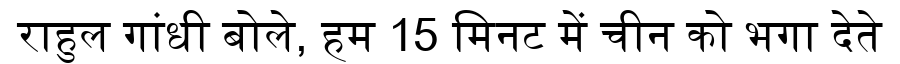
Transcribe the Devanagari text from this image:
राहुल गांधी बोले, हम 15 मिनट में चीन को भगा देते